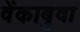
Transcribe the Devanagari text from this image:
वेंकाबुवा